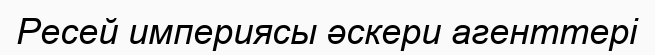
Ресей империясы әскери агенттері